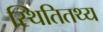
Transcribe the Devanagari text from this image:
स्थितितथ्य